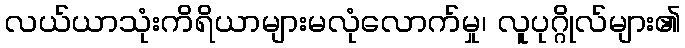
လယ်ယာသုံးကိရိယာများမလုံလောက်မှု၊ လူပုဂ္ဂိုလ်များ၏